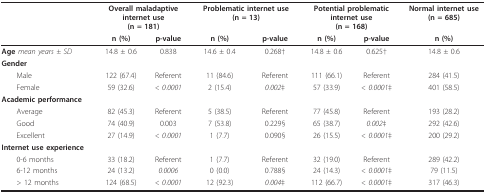
|  | <COLSPAN=2> Overall maladaptiveinternet use(n = 181) | <COLSPAN=2> Problematic internet use(n = 13) | <COLSPAN=2> Potential problematicinternet use(n = 168) | Normal internet use(n = 685) |
 |  | n (%) | p-value | n (%) | p-value | n (%) | p-value | n (%) |
 | --- | --- | --- | --- | --- | --- | --- | --- |
 | Age mean years ± SD | 14.8 ± 0.6 | 0.838 | 14.6 ± 0.4 | 0.268† | 14.8 ± 0.6 | 0.625† | 14.8 ± 0.6 |
 | Gender |  |  |  |  |  |  |  |
 | Male | 122 (67.4) | Referent | 11 (84.6) | Referent | 111 (66.1) | Referent | 284 (41.5) |
 | Female | 59 (32.6) | < 0.0001 | 2 (15.4) | 0.002‡ | 57 (33.9) | < 0.0001‡ | 401 (58.5) |
 | Academic performance |  |  |  |  |  |  |  |
 | Average | 82 (45.3) | Referent | 5 (38.5) | Referent | 77 (45.8) | Referent | 193 (28.2) |
 | Good | 74 (40.9) | 0.003 | 7 (53.8) | 0.229§ | 65 (38.7) | 0.002‡ | 292 (42.6) |
 | Excellent | 27 (14.9) | < 0.0001 | 1 (7.7) | 0.090§ | 26 (15.5) | < 0.0001‡ | 200 (29.2) |
 | Internet use experience |  |  |  |  |  |  |  |
 | 0-6 months | 33 (18.2) | Referent | 1 (7.7) | Referent | 32 (19.0) | Referent | 289 (42.2) |
 | 6-12 months | 24 (13.2) | 0.0006 | 0 (0.0) | 0.788§ | 24 (14.3) | < 0.0001‡ | 79 (11.5) |
 | > 12 months | 124 (68.5) | < 0.0001 | 12 (92.3) | 0.004‡ | 112 (66.7) | < 0.0001‡ | 317 (46.3) |